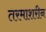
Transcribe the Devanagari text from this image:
तरमाशरीन